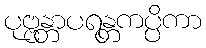
ပုဗ္ဗန္တာပရန္တကပ္ပိကာ